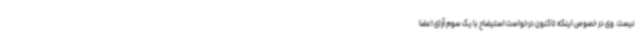
نیست. وی در خصوص اینکه تاکنون درخواست استیضاح با یک سوم آرای اعضا